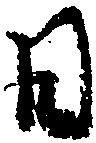
日